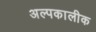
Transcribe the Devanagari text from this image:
अल्पकालीक